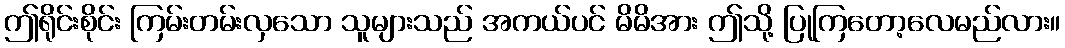
ဤရိုင်းစိုင်း ကြမ်းတမ်းလှသော သူများသည် အကယ်ပင် မိမိအား ဤသို့ ပြုကြတော့လေမည်လား။